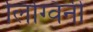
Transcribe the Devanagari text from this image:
लिंग्विनी